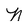
Character: N